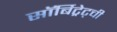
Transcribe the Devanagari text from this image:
सॉर्बिट्रेट्ची